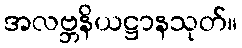
အလဗ္ဘနိယဋ္ဌာနသုတ်။